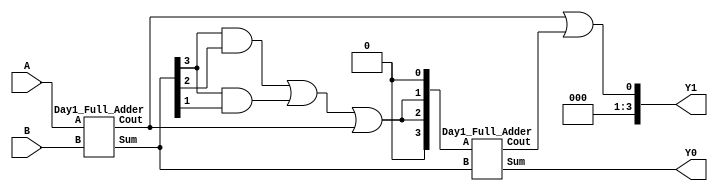
// BCD Adder - A better version
// Inputs are assumed to be valid BCDs

module Day23_Better_BCD_Adder(input [3:0]A,
                              input [3:0]B,
                              output [3:0]Y0,
                              output [3:0]Y1);
  wire [3:0]sum_untested;
  wire C0;
  Day1_Full_Adder instance1(.A(A), .B(B), .Sum(sum_untested), .Cout(C0));
  
  // Test for valid BCD
  wire X = (sum_untested[3] && sum_untested[2]) || (sum_untested[3] && sum_untested[1]) || C0;
  
  wire [3:0]test_vector = {1'b0, X, X, 1'b0};
  
  Day1_Full_Adder instance2(.A(test_vector), .B(sum_untested), .Sum(Y0), .Cout(C1));
  
  assign Y1 = {1'b0, 1'b0, 1'b0, (C0 | C1)};
  
endmodule

module Day1_Full_Adder(input [3:0] A,
                       input [3:0] B,
                       //input Cin,
                       output [3:0]Sum,
                       output Cout);
  //The sum of A and B can be stored in Sum and Cout using the concatenation operator
  
  assign {Cout, Sum[3:0]} = A +B ;
  
endmodule